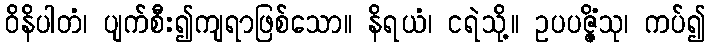
ဝိနိပါတံ၊ ပျက်စီး၍ကျရာဖြစ်သော။ နိရယံ၊ ငရဲသို့။ ဥပပဇ္ဇိံသု၊ ကပ်၍